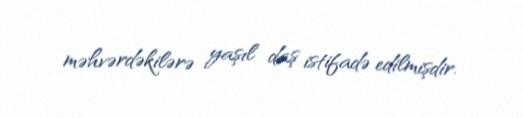
məhvərdəkilərə yaşıl daş istifadə edilmişdir.